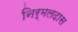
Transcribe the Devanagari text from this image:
निर्मलदास